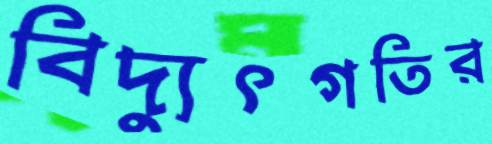
বিদ্যুৎগতির